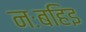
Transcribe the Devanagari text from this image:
नःबहिइ